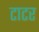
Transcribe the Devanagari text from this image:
टाटर